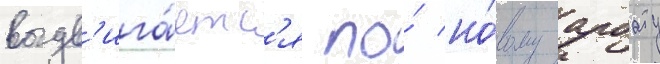
выдв'ига́етс'я по́ но́вому арбату